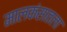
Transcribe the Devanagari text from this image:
मालकंसातला